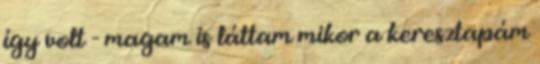
így volt - magam is láttam mikor a keresztapám